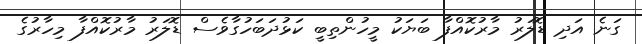
ގަނެ އަދި ޑޮލަރު މާރުކޮއްފާ ބަޔަކު މީހުންތިބީ ކަޅުދަބަހުގާވެސް ޑޮލަރު މާރުކޮއްފާ މިހާރުގެ